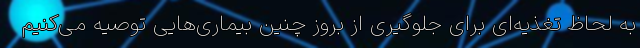
به لحاظ تغذیه‌ای برای جلوگیری از بروز چنین بیماری‌هایی توصیه می‌کنیم